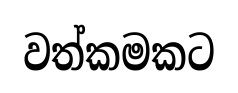
වත්කමකට